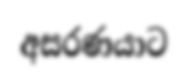
අසරණයාට